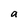
Character: a